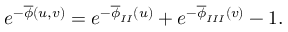
e ^ { - \overline { { { \phi } } } ( u , v ) } = e ^ { - \overline { { { \phi } } } _ { I I } ( u ) } + e ^ { - \overline { { { \phi } } } _ { I I I } ( v ) } - 1 .